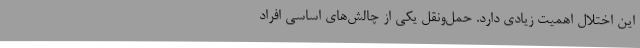
این اختلال اهمیت زیادی دارد. حمل‌و‌نقل یکی از چالش‌های اساسی افراد